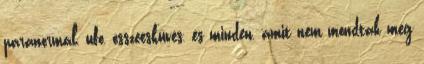
paranormál, ufo, összeesküvés, és minden, amit nem mondtak még